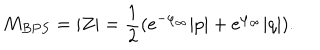
LaTeX: M _ { B P S } = | Z | = { \frac { 1 } { 2 } } ( e ^ { - \varphi _ { \infty } } | p | + e ^ { \varphi _ { \infty } } | q | ) .